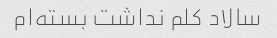
سالاد کلم نداشت بسته‌ام